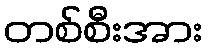
တစ်စီးအား